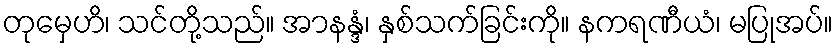
တုမှေဟိ၊ သင်တို့သည်။ အာနန္ဒံ၊ နှစ်သက်ခြင်းကို။ နကရဏီယံ၊ မပြုအပ်။